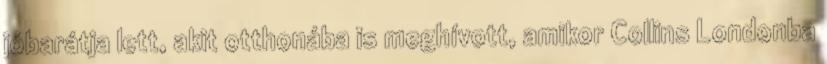
jóbarátja lett, akit otthonába is meghívott, amikor Collins Londonba